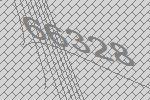
66328